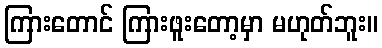
ကြားတောင် ကြားဖူးတော့မှာ မဟုတ်ဘူး။